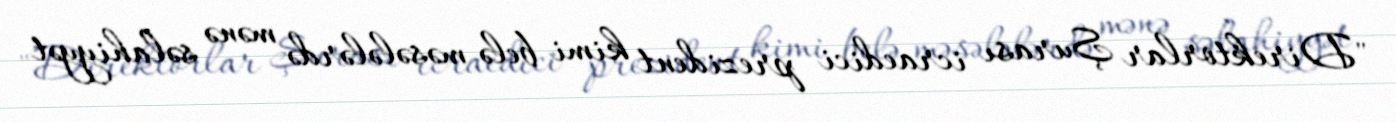
"Direktorlar Şurası icraedici prezident kimi belə məsələlərdə mənə səlahiyyət